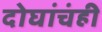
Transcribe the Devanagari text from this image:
दोघांचंही